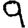
Digit: 9